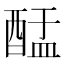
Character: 䣿